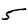
Digit: 5